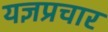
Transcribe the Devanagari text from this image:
यज्ञप्रचार